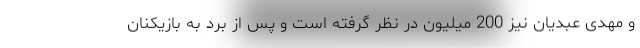
و مهدی عبدیان نیز 200 میلیون در نظر گرفته است و پس از برد به بازیکنان